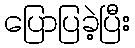
ပြောပြခဲ့ပြီး